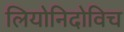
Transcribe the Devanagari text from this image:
लियोनिदोविच